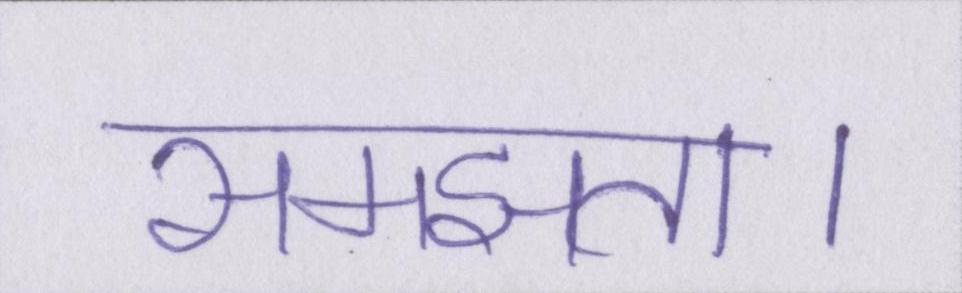
समझता।